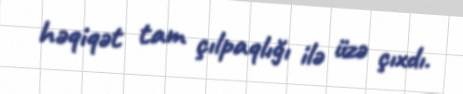
həqiqət tam çılpaqlığı ilə üzə çıxdı.